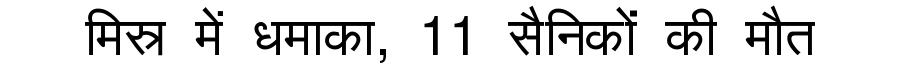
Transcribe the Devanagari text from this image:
मिस्र में धमाका, 11 सैनिकों की मौत